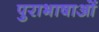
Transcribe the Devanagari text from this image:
पुराभाषाओं